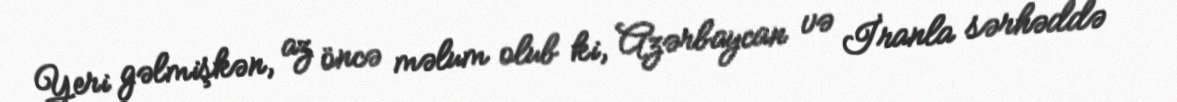
Yeri gəlmişkən, az öncə məlum olub ki, Azərbaycan və İranla sərhəddə -